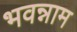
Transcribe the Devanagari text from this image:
भवन्नाम